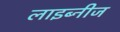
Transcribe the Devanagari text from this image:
लाइब्नीज